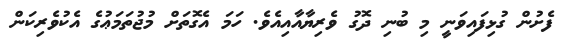
ފެށުން ގުޅިފައިވަނީ މި ބުނި ދޮގު ވެރިޔާއާއިއެވެ. ހަމަ އެގޮތަށް މުޖުތަމަޢުގެ އެކުވެރިކަން